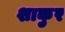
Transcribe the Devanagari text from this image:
शाकुर